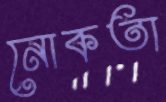
নোকতা